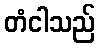
တံငါသည်